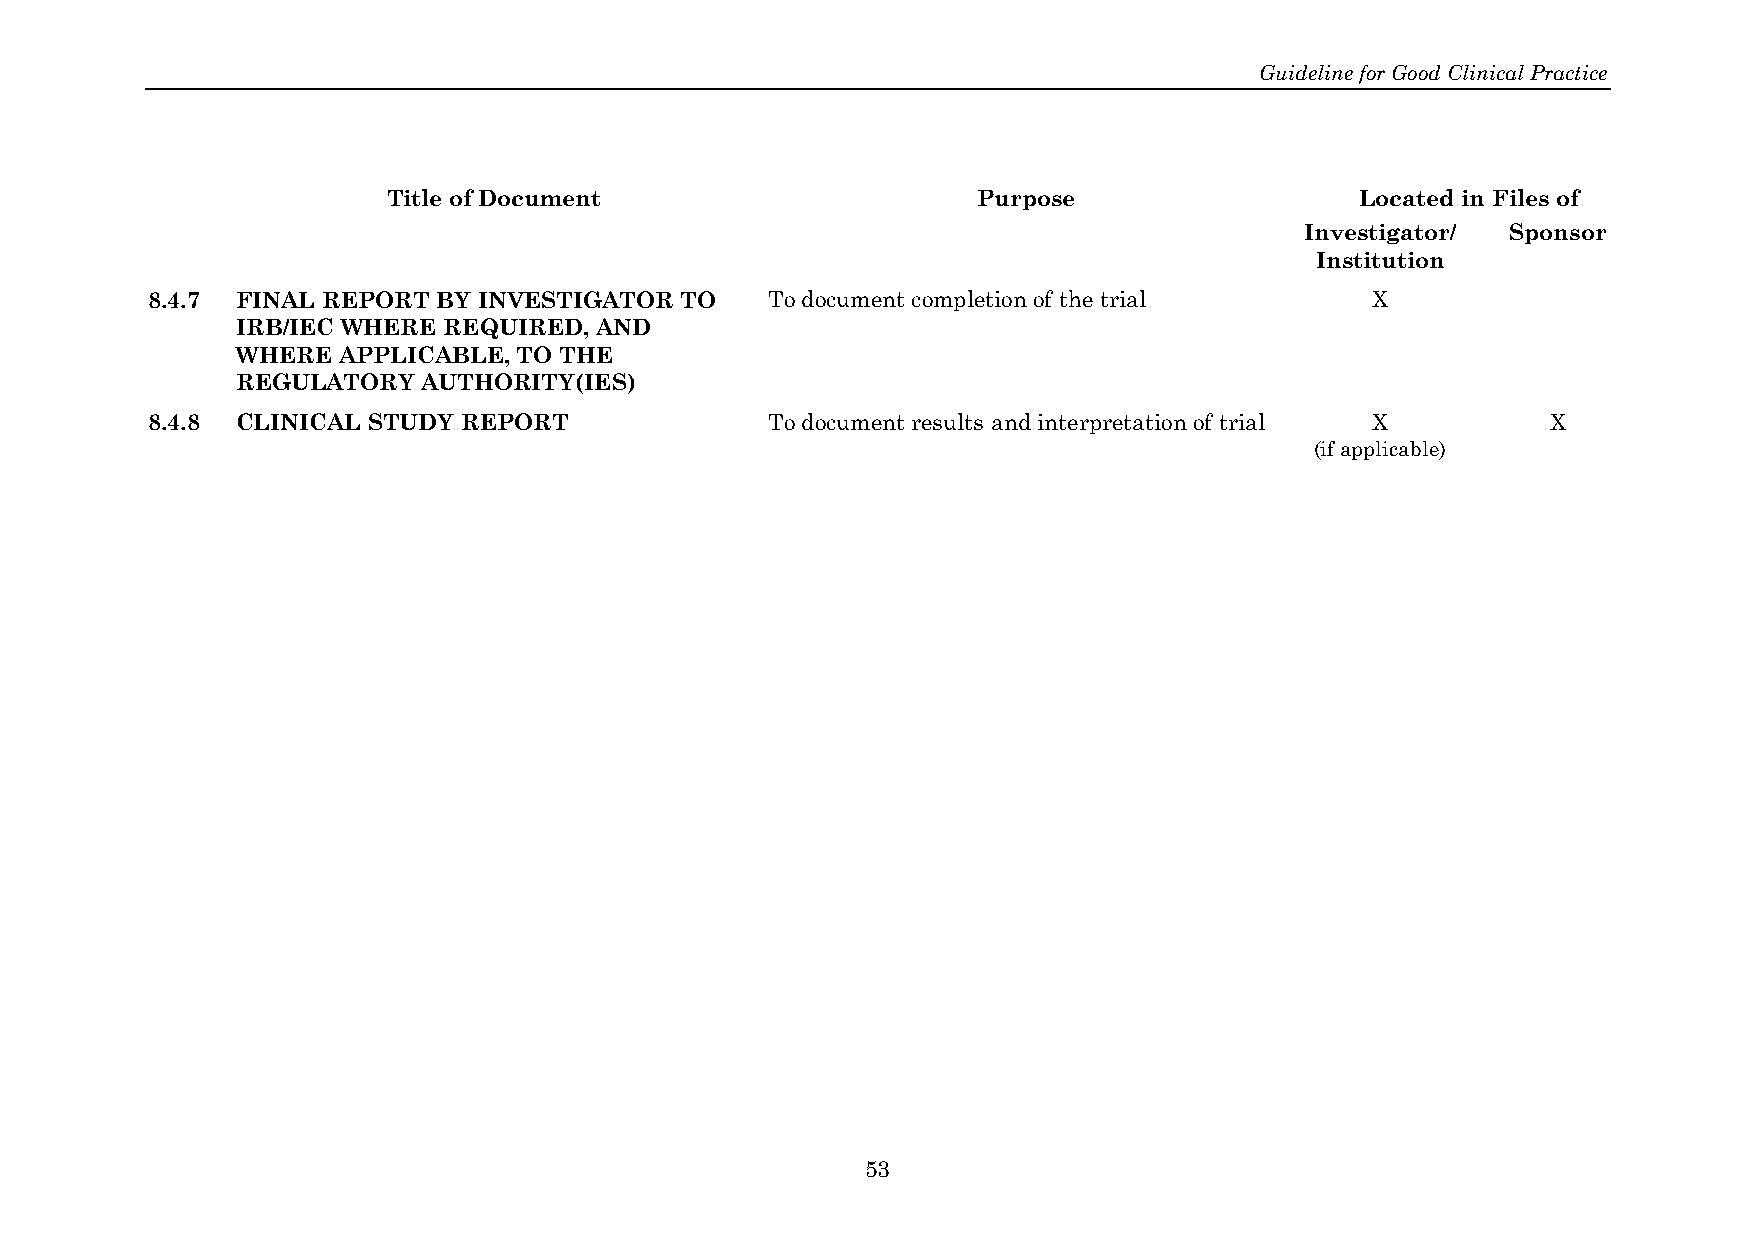
Guideline for Good Clinical Practice
 Title of Document                      Purpose                  Located in Files of
 Investigator/ Sponsor
 Institution
 8.4.7 FINAL REPORT BY INVESTIGATOR TO    To document completion of the trial     X
 IRB/IEC WHERE REQUIRED, AND
 WHERE APPLICABLE, TO THE
 REGULATORY  AUTHORITY(IES)
 8.4.8 CLINICAL STUDY REPORT              To document results and interpretation of trial X   X
 (if applicable)
 53